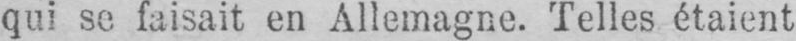
qui se faisait en Allemagne. Telles étaient